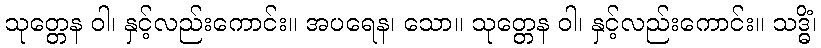
သုတ္တေန ဝါ၊ နှင့်လည်းကောင်း။ အပရေန၊ သော။ သုတ္တေန ဝါ၊ နှင့်လည်းကောင်း။ သဒ္ဓိံ၊